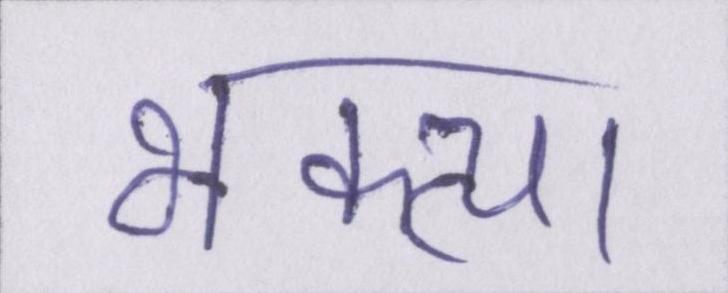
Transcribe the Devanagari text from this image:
भक्त्या